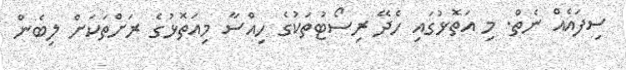
ސިފައެއް ނެތް. މި އަތޮޅުގައި ހެދޭ ރިސޯޓުތަކުގެ ހިއްސާ މިއަތޮޅުގެ ރަށްތަކަށް ލިބެން